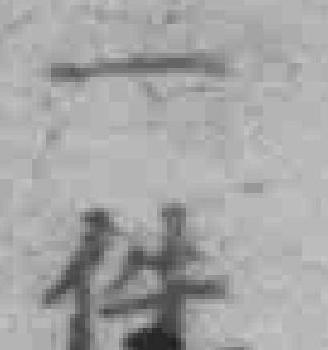
一件